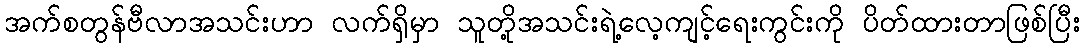
အက်စတွန်ဗီလာအသင်းဟာ လက်ရှိမှာ သူတို့အသင်းရဲ့လေ့ကျင့်ရေးကွင်းကို ပိတ်ထားတာဖြစ်ပြီး